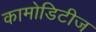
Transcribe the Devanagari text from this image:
कामोडिटीज